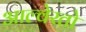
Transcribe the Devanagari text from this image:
आल्वेरतो